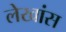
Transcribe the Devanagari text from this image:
लेखांस